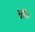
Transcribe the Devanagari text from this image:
भृतिः